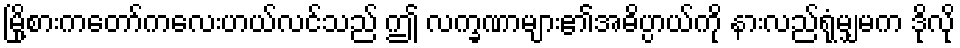
မြို့စားကတော်ကလေးဟယ်လင်သည် ဤ လက္ခဏာများ၏အဓိပ္ပာယ်ကို နားလည်ရုံမျှမက ဒိုလို